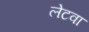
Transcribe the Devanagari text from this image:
लेटवा